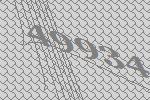
49934